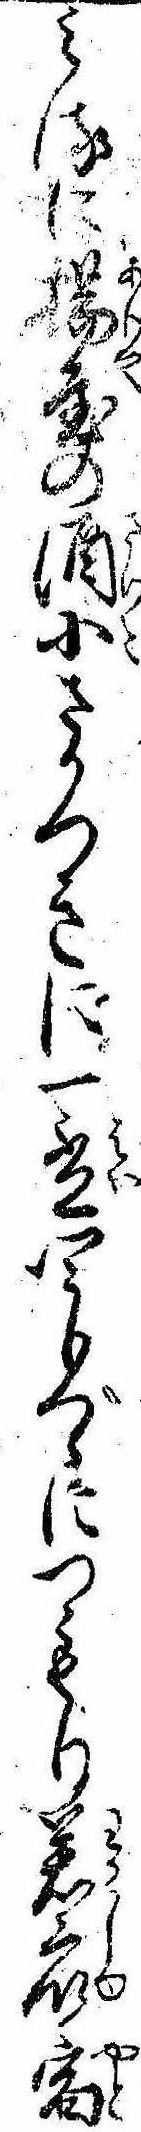
みるに揚屋の酒小さかつきに一杯四分づゝにつもり若衆宿